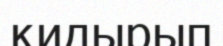
қидырып